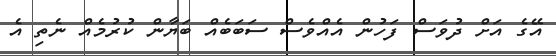
އޭގެ އަށް ދުވަސް ފަހުން އެއްވެސް ސަބަބެއް ބަޔާން ކުރުމެއް ނެތި އެ